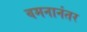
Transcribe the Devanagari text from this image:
वमनानंतर